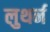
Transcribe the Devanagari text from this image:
लुथर्न